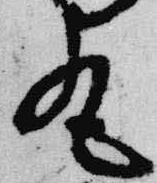
丸